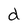
Character: d